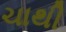
ચાથી